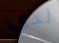
لدي